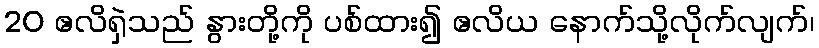
20 ဧလိရှဲသည် နွားတို့ကို ပစ်ထား၍ ဧလိယ နောက်သို့လိုက်လျက်၊